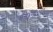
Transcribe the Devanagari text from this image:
अनुप्रस्थांतरीया